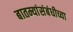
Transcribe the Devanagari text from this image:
बातम्यांसंबंधीच्या